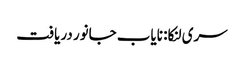
سری لنکا: نایاب جانور دریافت